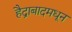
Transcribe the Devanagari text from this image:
हैद्राबादमधून